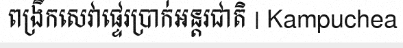
ពង្រីកសេវាផ្ទេរប្រាក់អន្តរជាតិ | Kampuchea